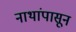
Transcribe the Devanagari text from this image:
नाथांपासून